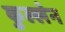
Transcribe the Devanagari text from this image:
कुल्लेन